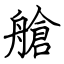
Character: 艙